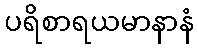
ပရိစာရယမာနာနံ